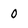
Character: 0